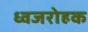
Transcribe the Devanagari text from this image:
ध्वजरोहक